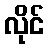
လိုင်